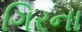
ગિરના